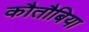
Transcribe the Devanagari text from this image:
कौतौबिया